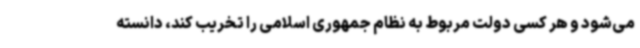
می‌شود و هر کسی دولت مربوط به نظام جمهوری اسلامی را تخریب کند، دانسته